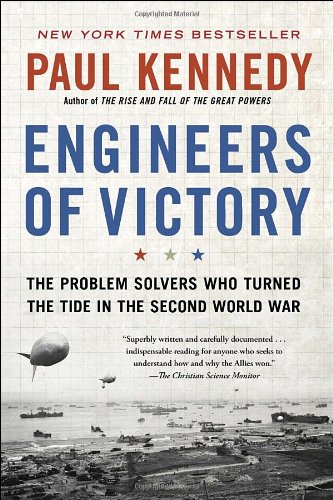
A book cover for Engineers of Victory: The Problem Solvers Who Turned The Tide in the Second World War; Paul Kennedy; Engineering & Transportation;